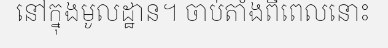
នៅក្នុងមូលដ្ឋាន។ ចាប់តាំងពីពេលនោះ